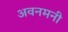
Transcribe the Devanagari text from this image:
अवनमनी